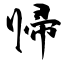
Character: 帰